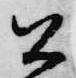
公